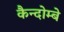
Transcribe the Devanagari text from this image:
कैन्दोम्बे